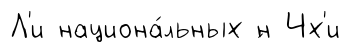
Л'и национа́льных ́н Чх'и